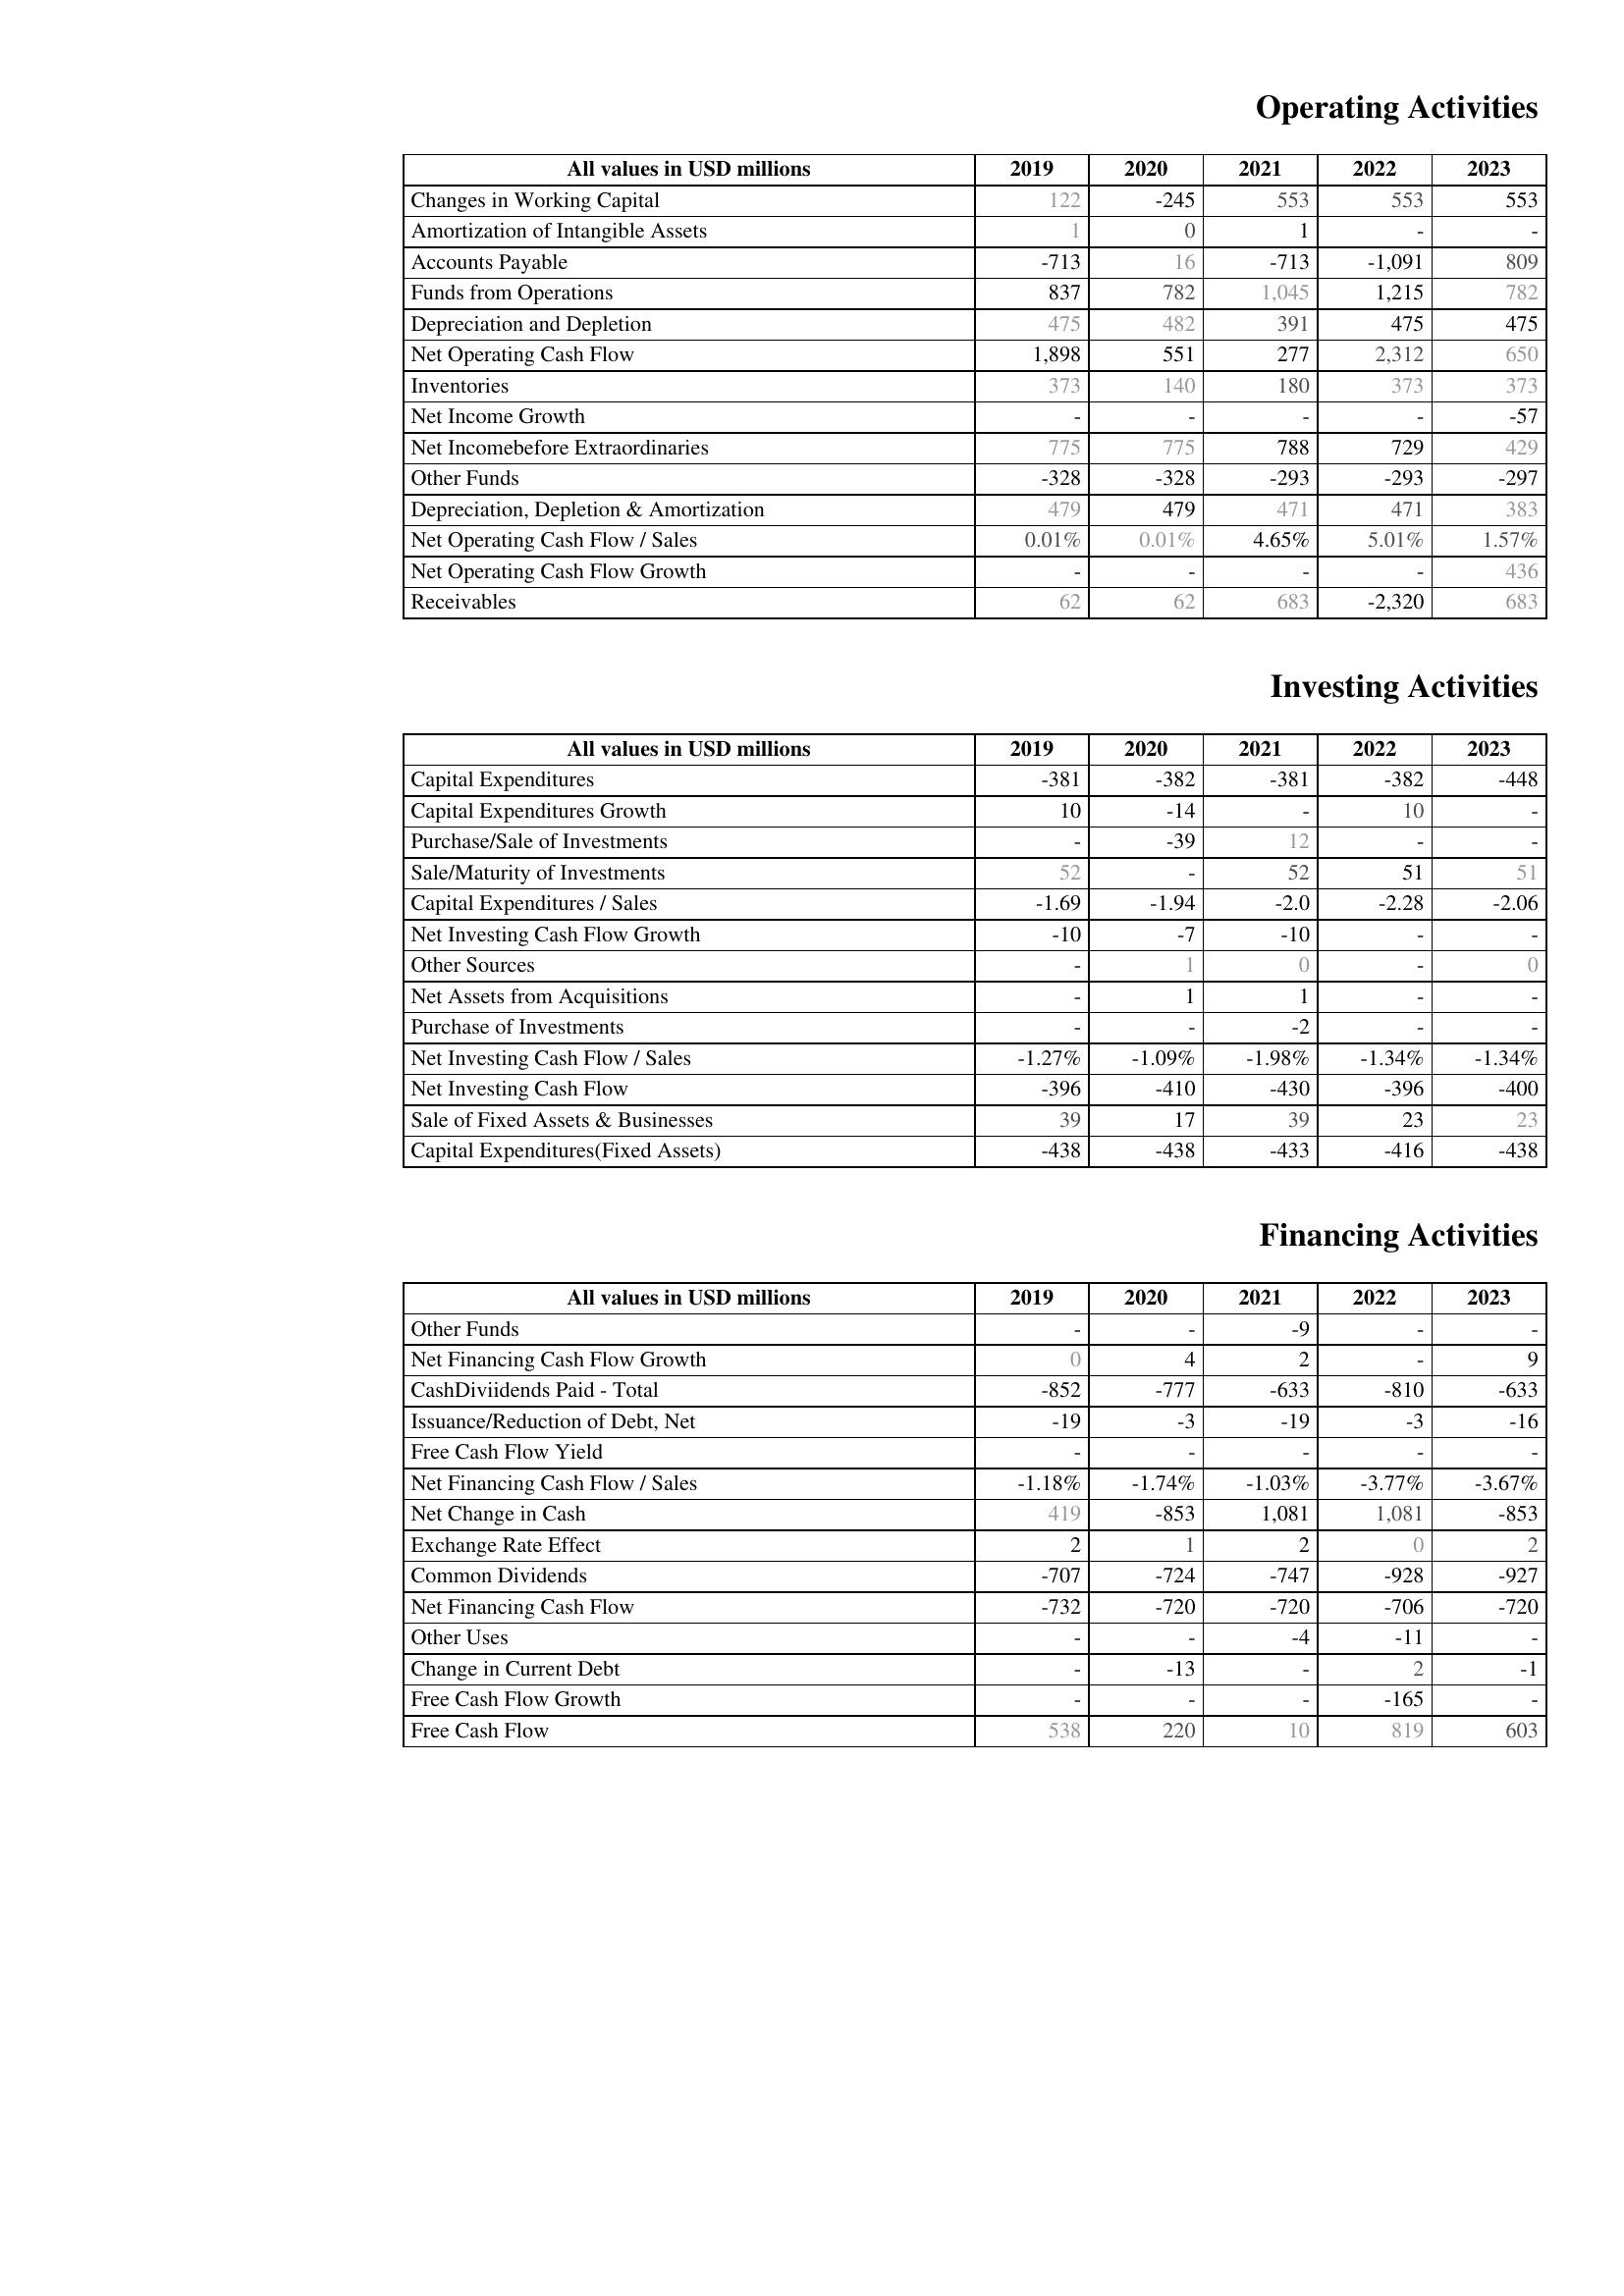
2019: Operating Activities: Changes in Working Capital: 122
Amortization of Intangible Assets: 1
Accounts Payable: -713
Funds from Operations: 837
Depreciation and Depletion: 475
Net Operating Cash Flow: 1,898
Inventories: 373
Net Income Growth: -
Net Incomebefore Extraordinaries: 775
Other Funds: -328
Depreciation, Depletion & Amortization: 479
Net Operating Cash Flow / Sales: 0.01%
Net Operating Cash Flow Growth: -
Receivables: 62
Investing Activities: Capital Expenditures: -381
Capital Expenditures Growth: 10
Purchase/Sale of Investments: -
Sale/Maturity of Investments: 52
Capital Expenditures / Sales: -1.69
Net Investing Cash Flow Growth: -10
Other Sources: -
Net Assets from Acquisitions: -
Purchase of Investments: -
Net Investing Cash Flow / Sales: -1.27%
Net Investing Cash Flow: -396
Sale of Fixed Assets & Businesses: 39
Capital Expenditures(Fixed Assets): -438
Financing Activities: Other Funds: -
Net Financing Cash Flow Growth: 0
CashDiviidends Paid - Total: -852
Issuance/Reduction of Debt, Net: -19
Free Cash Flow Yield: -
Net Financing Cash Flow / Sales: -1.18%
Net Change in Cash: 419
Exchange Rate Effect: 2
Common Dividends: -707
Net Financing Cash Flow: -732
Other Uses: -
Change in Current Debt: -
Free Cash Flow Growth: -
Free Cash Flow: 538
2020: Operating Activities: Changes in Working Capital: -245
Amortization of Intangible Assets: 0
Accounts Payable: 16
Funds from Operations: 782
Depreciation and Depletion: 482
Net Operating Cash Flow: 551
Inventories: 140
Net Income Growth: -
Net Incomebefore Extraordinaries: 775
Other Funds: -328
Depreciation, Depletion & Amortization: 479
Net Operating Cash Flow / Sales: 0.01%
Net Operating Cash Flow Growth: -
Receivables: 62
Investing Activities: Capital Expenditures: -382
Capital Expenditures Growth: -14
Purchase/Sale of Investments: -39
Sale/Maturity of Investments: -
Capital Expenditures / Sales: -1.94
Net Investing Cash Flow Growth: -7
Other Sources: 1
Net Assets from Acquisitions: 1
Purchase of Investments: -
Net Investing Cash Flow / Sales: -1.09%
Net Investing Cash Flow: -410
Sale of Fixed Assets & Businesses: 17
Capital Expenditures(Fixed Assets): -438
Financing Activities: Other Funds: -
Net Financing Cash Flow Growth: 4
CashDiviidends Paid - Total: -777
Issuance/Reduction of Debt, Net: -3
Free Cash Flow Yield: -
Net Financing Cash Flow / Sales: -1.74%
Net Change in Cash: -853
Exchange Rate Effect: 1
Common Dividends: -724
Net Financing Cash Flow: -720
Other Uses: -
Change in Current Debt: -13
Free Cash Flow Growth: -
Free Cash Flow: 220
2021: Operating Activities: Changes in Working Capital: 553
Amortization of Intangible Assets: 1
Accounts Payable: -713
Funds from Operations: 1,045
Depreciation and Depletion: 391
Net Operating Cash Flow: 277
Inventories: 180
Net Income Growth: -
Net Incomebefore Extraordinaries: 788
Other Funds: -293
Depreciation, Depletion & Amortization: 471
Net Operating Cash Flow / Sales: 4.65%
Net Operating Cash Flow Growth: -
Receivables: 683
Investing Activities: Capital Expenditures: -381
Capital Expenditures Growth: -
Purchase/Sale of Investments: 12
Sale/Maturity of Investments: 52
Capital Expenditures / Sales: -2.0
Net Investing Cash Flow Growth: -10
Other Sources: 0
Net Assets from Acquisitions: 1
Purchase of Investments: -2
Net Investing Cash Flow / Sales: -1.98%
Net Investing Cash Flow: -430
Sale of Fixed Assets & Businesses: 39
Capital Expenditures(Fixed Assets): -433
Financing Activities: Other Funds: -9
Net Financing Cash Flow Growth: 2
CashDiviidends Paid - Total: -633
Issuance/Reduction of Debt, Net: -19
Free Cash Flow Yield: -
Net Financing Cash Flow / Sales: -1.03%
Net Change in Cash: 1,081
Exchange Rate Effect: 2
Common Dividends: -747
Net Financing Cash Flow: -720
Other Uses: -4
Change in Current Debt: -
Free Cash Flow Growth: -
Free Cash Flow: 10
2022: Operating Activities: Changes in Working Capital: 553
Amortization of Intangible Assets: -
Accounts Payable: -1,091
Funds from Operations: 1,215
Depreciation and Depletion: 475
Net Operating Cash Flow: 2,312
Inventories: 373
Net Income Growth: -
Net Incomebefore Extraordinaries: 729
Other Funds: -293
Depreciation, Depletion & Amortization: 471
Net Operating Cash Flow / Sales: 5.01%
Net Operating Cash Flow Growth: -
Receivables: -2,320
Investing Activities: Capital Expenditures: -382
Capital Expenditures Growth: 10
Purchase/Sale of Investments: -
Sale/Maturity of Investments: 51
Capital Expenditures / Sales: -2.28
Net Investing Cash Flow Growth: -
Other Sources: -
Net Assets from Acquisitions: -
Purchase of Investments: -
Net Investing Cash Flow / Sales: -1.34%
Net Investing Cash Flow: -396
Sale of Fixed Assets & Businesses: 23
Capital Expenditures(Fixed Assets): -416
Financing Activities: Other Funds: -
Net Financing Cash Flow Growth: -
CashDiviidends Paid - Total: -810
Issuance/Reduction of Debt, Net: -3
Free Cash Flow Yield: -
Net Financing Cash Flow / Sales: -3.77%
Net Change in Cash: 1,081
Exchange Rate Effect: 0
Common Dividends: -928
Net Financing Cash Flow: -706
Other Uses: -11
Change in Current Debt: 2
Free Cash Flow Growth: -165
Free Cash Flow: 819
2023: Operating Activities: Changes in Working Capital: 553
Amortization of Intangible Assets: -
Accounts Payable: 809
Funds from Operations: 782
Depreciation and Depletion: 475
Net Operating Cash Flow: 650
Inventories: 373
Net Income Growth: -57
Net Incomebefore Extraordinaries: 429
Other Funds: -297
Depreciation, Depletion & Amortization: 383
Net Operating Cash Flow / Sales: 1.57%
Net Operating Cash Flow Growth: 436
Receivables: 683
Investing Activities: Capital Expenditures: -448
Capital Expenditures Growth: -
Purchase/Sale of Investments: -
Sale/Maturity of Investments: 51
Capital Expenditures / Sales: -2.06
Net Investing Cash Flow Growth: -
Other Sources: 0
Net Assets from Acquisitions: -
Purchase of Investments: -
Net Investing Cash Flow / Sales: -1.34%
Net Investing Cash Flow: -400
Sale of Fixed Assets & Businesses: 23
Capital Expenditures(Fixed Assets): -438
Financing Activities: Other Funds: -
Net Financing Cash Flow Growth: 9
CashDiviidends Paid - Total: -633
Issuance/Reduction of Debt, Net: -16
Free Cash Flow Yield: -
Net Financing Cash Flow / Sales: -3.67%
Net Change in Cash: -853
Exchange Rate Effect: 2
Common Dividends: -927
Net Financing Cash Flow: -720
Other Uses: -
Change in Current Debt: -1
Free Cash Flow Growth: -
Free Cash Flow: 603